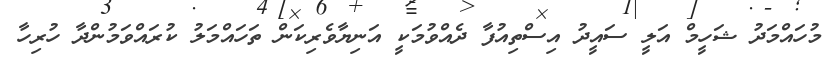
މުހައްމަދު ޝަހީމް އަލީ ސައީދު އިސްތިއުފާ ދެއްވުމަކީ އަނިޔާވެރިކަން ތަހައްމަލު ކުރައްވަމުންދާ ހުރިހާ